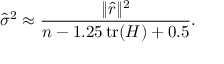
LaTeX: { \hat { \sigma } } ^ { 2 } \approx { \frac { \| { \hat { r } } \| ^ { 2 } } { n - 1 . 2 5 \operatorname { t r } ( H ) + 0 . 5 } } .